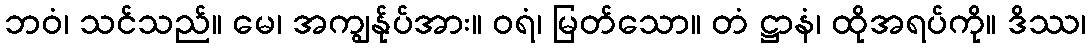
ဘဝံ၊ သင်သည်။ မေ၊ အကျွန်ုပ်အား။ ဝရံ၊ မြတ်သော။ တံ ဋ္ဌာနံ၊ ထိုအရပ်ကို။ ဒိဿ၊